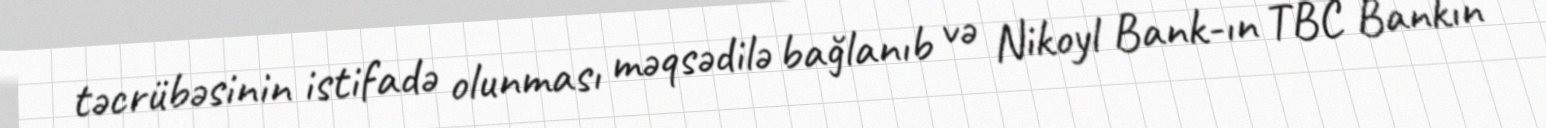
təcrübəsinin istifadə olunması məqsədilə bağlanıb və Nikoyl Bank-ın TBC Bankın